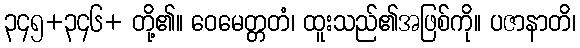
၃၄၅+၃၄၆+ တို့၏။ ဝေမေတ္တတံ၊ ထူးသည်၏အဖြစ်ကို။ ပဇာနာတိ၊